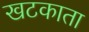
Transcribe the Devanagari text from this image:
खटकाता